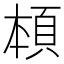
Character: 𩒅